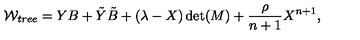
{ \cal W } _ { t r e e } = Y B + { \tilde { Y } } { \tilde { B } } + ( \lambda - X ) \det ( M ) + { \frac { \rho } { n + 1 } } X ^ { n + 1 } ,